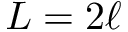
L = 2 \ell